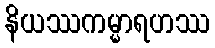
နိယဿကမ္မာရဟဿ